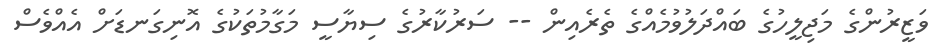
ވަޒީރުންގެ މަޖިލީހުގެ ބައްދަލުވުމެއްގެ ތެރެއިން -- ސަރުކާރުގެ ސިޔާސީ މަގާމުތަކުގެ އޮނިގަނޑަށް އެއްވެސް